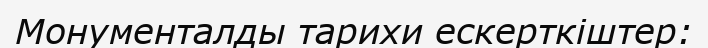
Монументалды тарихи ескерткіштер: